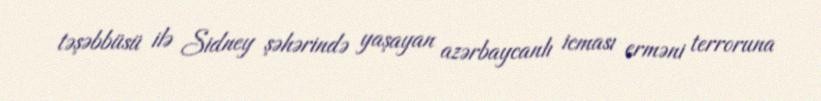
təşəbbüsü ilə Sidney şəhərində yaşayan azərbaycanlı icması erməni terroruna